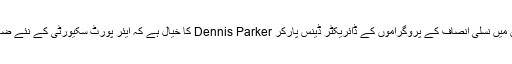
لیکن امریکن سول لبرٹیز یونین میں نسلی انصاف کے پروگراموں کے ڈائریکٹر ڈینس پارکر Dennis Parker کا خیال ہے کہ ایئر پورٹ سکیورٹی کے نئے ضابطے غلط پالیسی پر مبنی ہیں۔